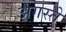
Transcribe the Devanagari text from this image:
अगस्ते